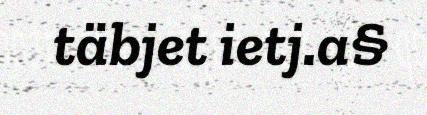
täbjet ietj.a§